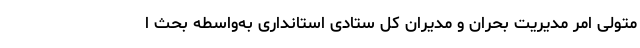
متولی امر مدیریت بحران و مدیران کل ستادی استانداری به‌واسطه بحث ا